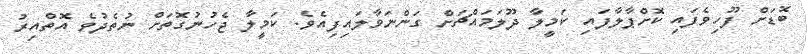
ބޮޑަށް ފޫހިވެފައި ކޮށްޕާލާފައި ކަމީލާ ދޫލަމައްޗަށް ގަންނަވާލައިފިއެވެ. ކަމީލާ ޖެހުނުގޮތަށް ނުތެދުވެ އޮތްއިރު